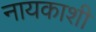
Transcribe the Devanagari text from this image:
नायकाशी